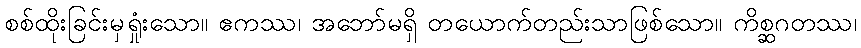
စစ်ထိုးခြင်းမှရှုံးသော။ ဧကဿ၊ အဘော်မရှိ တယောက်တည်းသာဖြစ်သော။ ကိစ္ဆဂတဿ၊